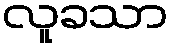
လူခသာ